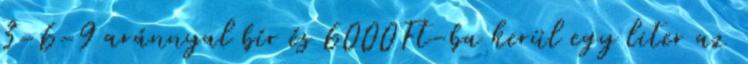
3-6-9 aránnyal bír és 6000Ft-ba kerül egy liter az